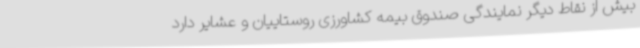
بیش از نقاط دیگر نمایندگی صندوق بیمه کشاورزی روستاییان و عشایر دارد